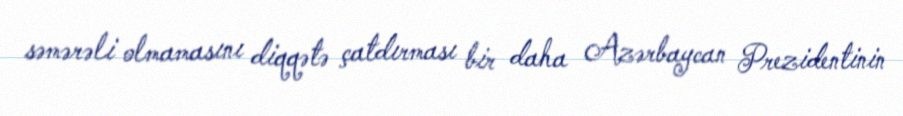
səmərəli olmamasını diqqətə çatdırması bir daha Azərbaycan Prezidentinin